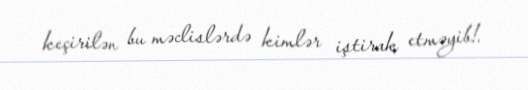
keçirilən bu məclislərdə kimlər iştirak etməyib!.